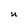
Character: U